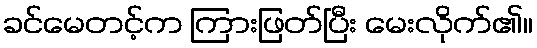
ခင်မေတင့်က ကြားဖြတ်ပြီး မေးလိုက်၏။